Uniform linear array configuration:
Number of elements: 8
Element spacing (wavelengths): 0.25
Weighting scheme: uniform
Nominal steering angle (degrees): -30
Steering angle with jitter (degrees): -31.722
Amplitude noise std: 0.05
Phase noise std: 0.05

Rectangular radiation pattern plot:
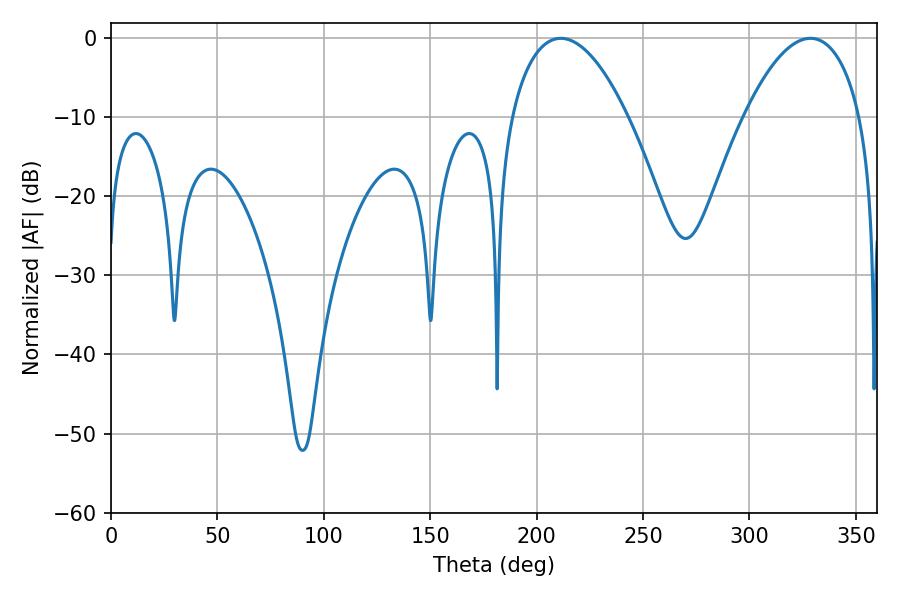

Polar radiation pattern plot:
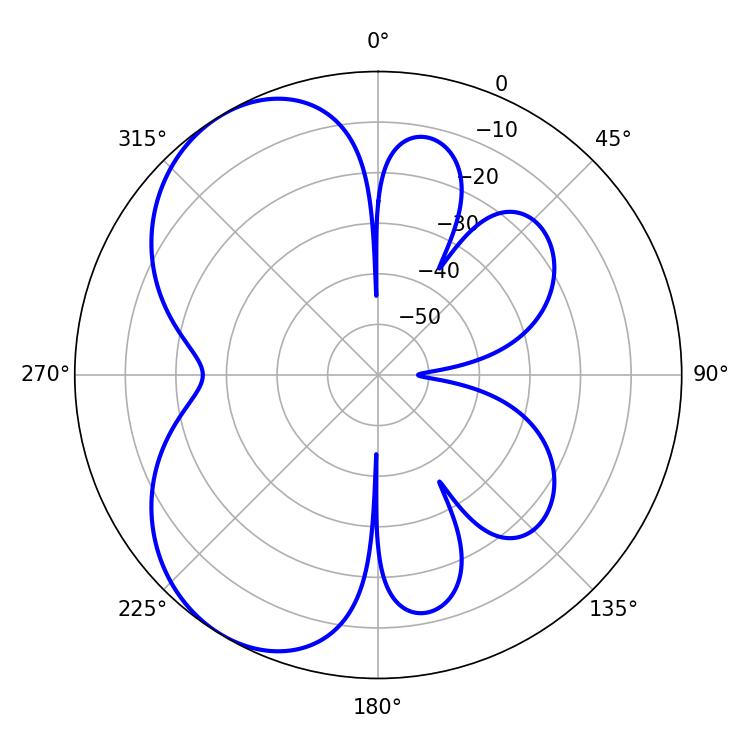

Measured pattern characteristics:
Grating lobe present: FALSE
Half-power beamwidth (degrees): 30.42
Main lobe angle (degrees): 211.32